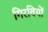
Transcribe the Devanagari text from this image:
गिरवियों